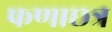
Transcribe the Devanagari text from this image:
फणाछत्र